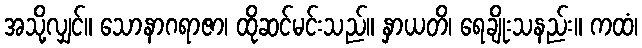
အသို့လျှင်။ သောနာဂရာဇာ၊ ထိုဆင်မင်းသည်။ နှာယတိ၊ ရေချိုးသနည်း။ ကထံ၊